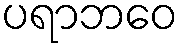
ပရာဘဝေ